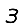
Digit: 3